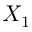
X _ { 1 }